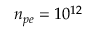
n _ { p e } = 1 0 ^ { 1 2 }